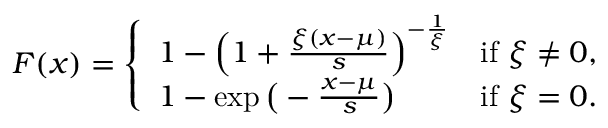
F ( x ) = { \left\{ \begin{array} { l l } { 1 - { \Big ( } 1 + { \frac { \xi ( x - \mu ) } { s } } { \Big ) } ^ { - { \frac { 1 } { \xi } } } } & { { \mathrm { i f ~ } } \xi \neq 0 , } \\ { 1 - \exp { \bigl ( } - { \frac { x - \mu } { s } } { \bigr ) } } & { { \mathrm { i f ~ } } \xi = 0 . } \end{array} \right. }